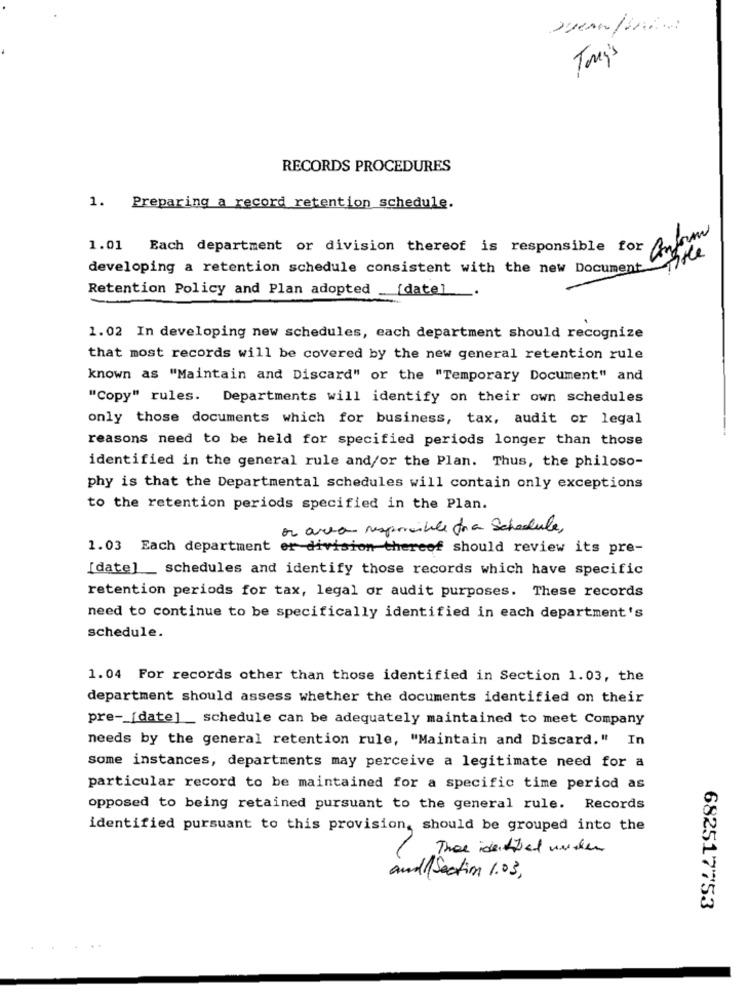
Tomy's
RECORDS PROCEDURES
1. Preparing a record retention schedule.
anform
1.01 Each department or division thereof is responsible for
developing a retention schedule consistent with the new Document
Retention Policy and Plan adopted
[date]
1.02 In developing new schedules, each department should recognize
that most records will be covered by the new general retention rule
known as "Maintain and Discard" or the "Temporary Document" and
"Copy" rules. Departments will identify on their own schedules
only those documents which for business, tax, audit or legal
reasons need to be held for specified periods longer than those
identified in the general rule and/or the Plan. Thus, the philoso-
phy is that the Departmental schedules will contain only exceptions
to the retention periods specified in the Plan.
or area responsible do a Schedule,
1.03 Each department er division thereof should review its pre-
[date]_ schedules and identify those records which have specific
retention periods for tax, legal or audit purposes. These records
need to continue to be specifically identified in each department's
schedule.
1.04 For records other than those identified in Section 1.03, the
department should assess whether the documents identified on their
pre -_ [date]_ schedule can be adequately maintained to meet Company
needs by the general retention rule, "Maintain and Discard." In
some instances, departments may perceive a legitimate need for a
particular record to be maintained for a specific time period as
opposed to being retained pursuant to the general rule. Records
identified pursuant to this provision, should be grouped into the
Thee identified under
and /Section 1.03,
682517753